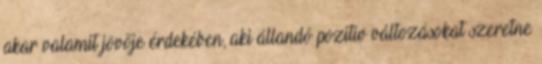
akar valamit jövője érdekében, aki állandó pozitív változásokat szeretne